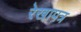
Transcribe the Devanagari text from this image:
रेखापत्र